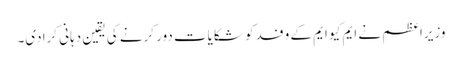
وزیراعظم نے ایم کیو ایم کے وفد کو شکایات دور کرنے کی یقین دہانی کرادی۔